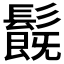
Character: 𩯂